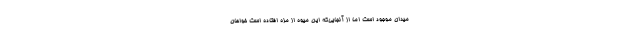
میدان موجود است اما از آنجایی‌که این میوه از مزه افتاده است خواهان